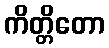
ကိတ္တိတော